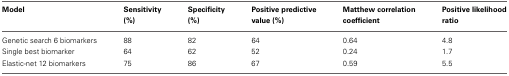
<table><thead><tr><td><b>Model</b></td><td><b>Sensitivity (%)</b></td><td><b>Specificity (%)</b></td><td><b>Positive predictive value (%)</b></td><td><b>Matthew correlation coefficient</b></td><td><b>Positive likelihood ratio</b></td></tr></thead><tbody><tr><td>Genetic search 6 biomarkers</td><td>88</td><td>82</td><td>64</td><td>0.64</td><td>4.8</td></tr><tr><td>Single best biomarker</td><td>64</td><td>62</td><td>52</td><td>0.24</td><td>1.7</td></tr><tr><td>Elastic-net 12 biomarkers</td><td>75</td><td>86</td><td>67</td><td>0.59</td><td>5.5</td></tr></tbody></table>